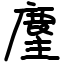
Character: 麈